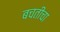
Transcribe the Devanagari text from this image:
बचतीचा